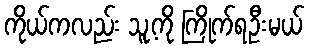
ကိုယ်ကလည်း သူ့ကို ကြိုက်ရဦးမယ်